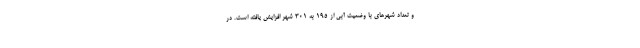
و تعداد شهرهای با وضعیت آبی از ۱۹۵ به ۳۰۱ شهر افزایش یافته است. در